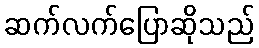
ဆက်လက်ပြောဆိုသည်